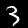
Digit: 3